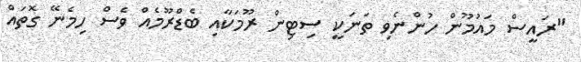
"ރައީސް މައުމޫން ހުންނެވި ތަނަކީ ސިޓިން ރޫމަކާއި ބެޑްރޫމެއް ވެސް ހިމެނޭ ގޮތައް